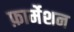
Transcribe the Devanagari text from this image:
फ़ार्मेशन